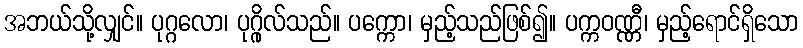
အဘယ်သို့လျှင်။ ပုဂ္ဂလော၊ ပုဂ္ဂိုလ်သည်။ ပက္ကော၊ မှည့်သည်ဖြစ်၍။ ပက္ကဝဏ္ဏီ၊ မှည့်ရောင်ရှိသော